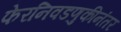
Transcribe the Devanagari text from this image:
फेरनिवडणुकीनंतर